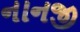
નાનજી